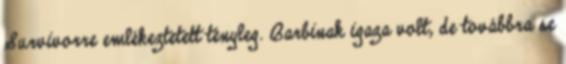
Survivorre emlékeztetett tényleg. Barbinak igaza volt, de továbbra se